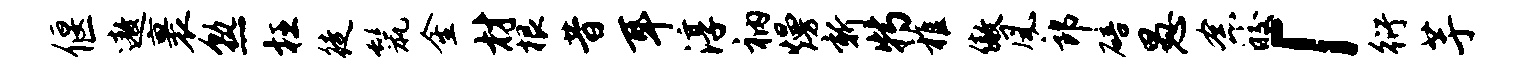
偃遨裹熟枉徒鬣金材根昔耳淳衲熳新特稚傲风郎碚愚念皎「衍芋